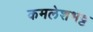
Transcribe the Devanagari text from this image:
कमलेशभट्ट